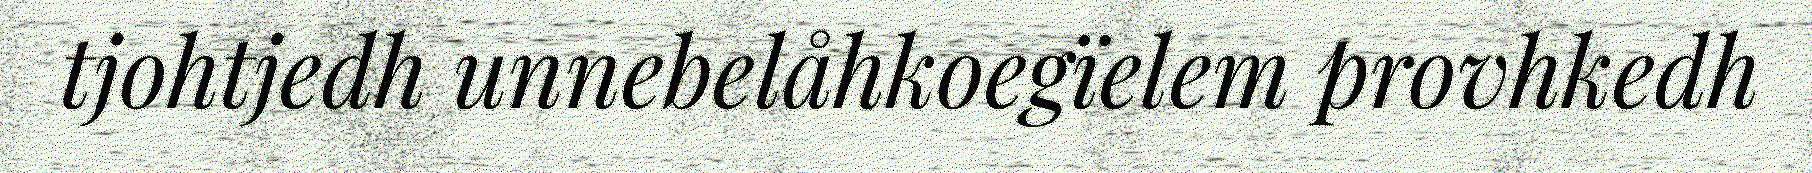
tjohtjedh unnebelåhkoegïelem provhkedh